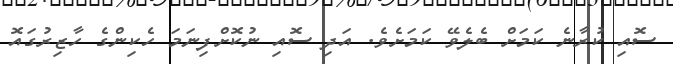
ސޮއި ކުރާނެ ކަމަށް ބެލެވޭ ކަމަށެވެ. އަދި ސޮއި ނުކޮށްފިނަމަ ހެކިންގެ ހާޒިރުގައޮ